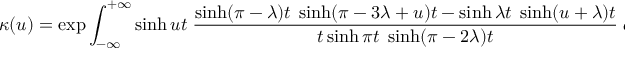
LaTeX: \kappa ( u ) = \exp \int _ { - \infty } ^ { + \infty } \sinh u t \; \frac { \sinh ( \pi - \lambda ) t \; \sinh ( \pi - 3 \lambda + u ) t - \sinh \lambda t \; \sinh ( u + \lambda ) t } { t \sinh \pi t \; \sinh ( \pi - 2 \lambda ) t } \; d t .